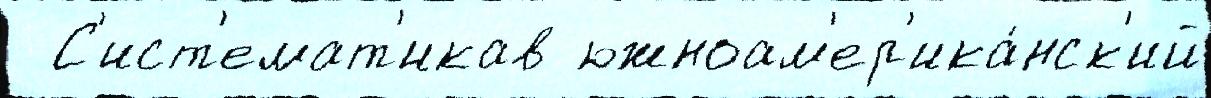
  С'ист'емат'икав южноам'ер'ика́нск'ий